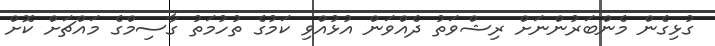
ގުޅިގެން މެންބަރުންނަށް ރިޝްވަތު ދެއްވަން އުޅުއްވި ކަމުގެ ތުހުމަތު ގާސިމްގެ މައްޗަށް ކޮށް